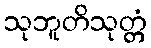
သုဘူတိသုတ္တံ